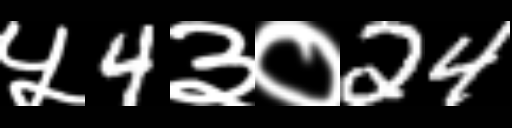
Text: ५4३०24